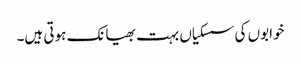
خوابوں کی سسکیاں بہت بھیانک ہوتی ہیں۔